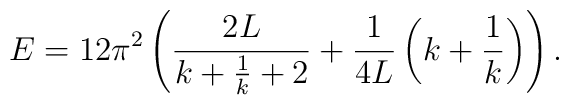
E = 12 \pi^2  \left( \frac{2 L}{k + \frac{1}{k} + 2} + \frac{1}{4 L} \left( k + \frac{1}{k} \right) \right).